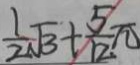
\frac { 1 } { 2 } \sqrt { 3 } + \frac { 5 } { 1 2 } \pi